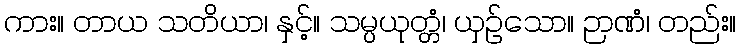
ကား။ တာယ သတိယာ၊ နှင့်။ သမ္ပယုတ္တံ၊ ယှဉ်သော။ ဉာဏံ၊ တည်း။